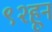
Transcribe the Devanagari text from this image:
९२हून